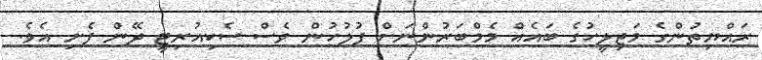
ރައްޔިތުންގެ މަޖިލީހުގެ ބައެއް މެމްބަރުންނަށް ފުލުހުން ވެސް ސެކިއުރިޓީ ދޭން ފެށި އެވެ.